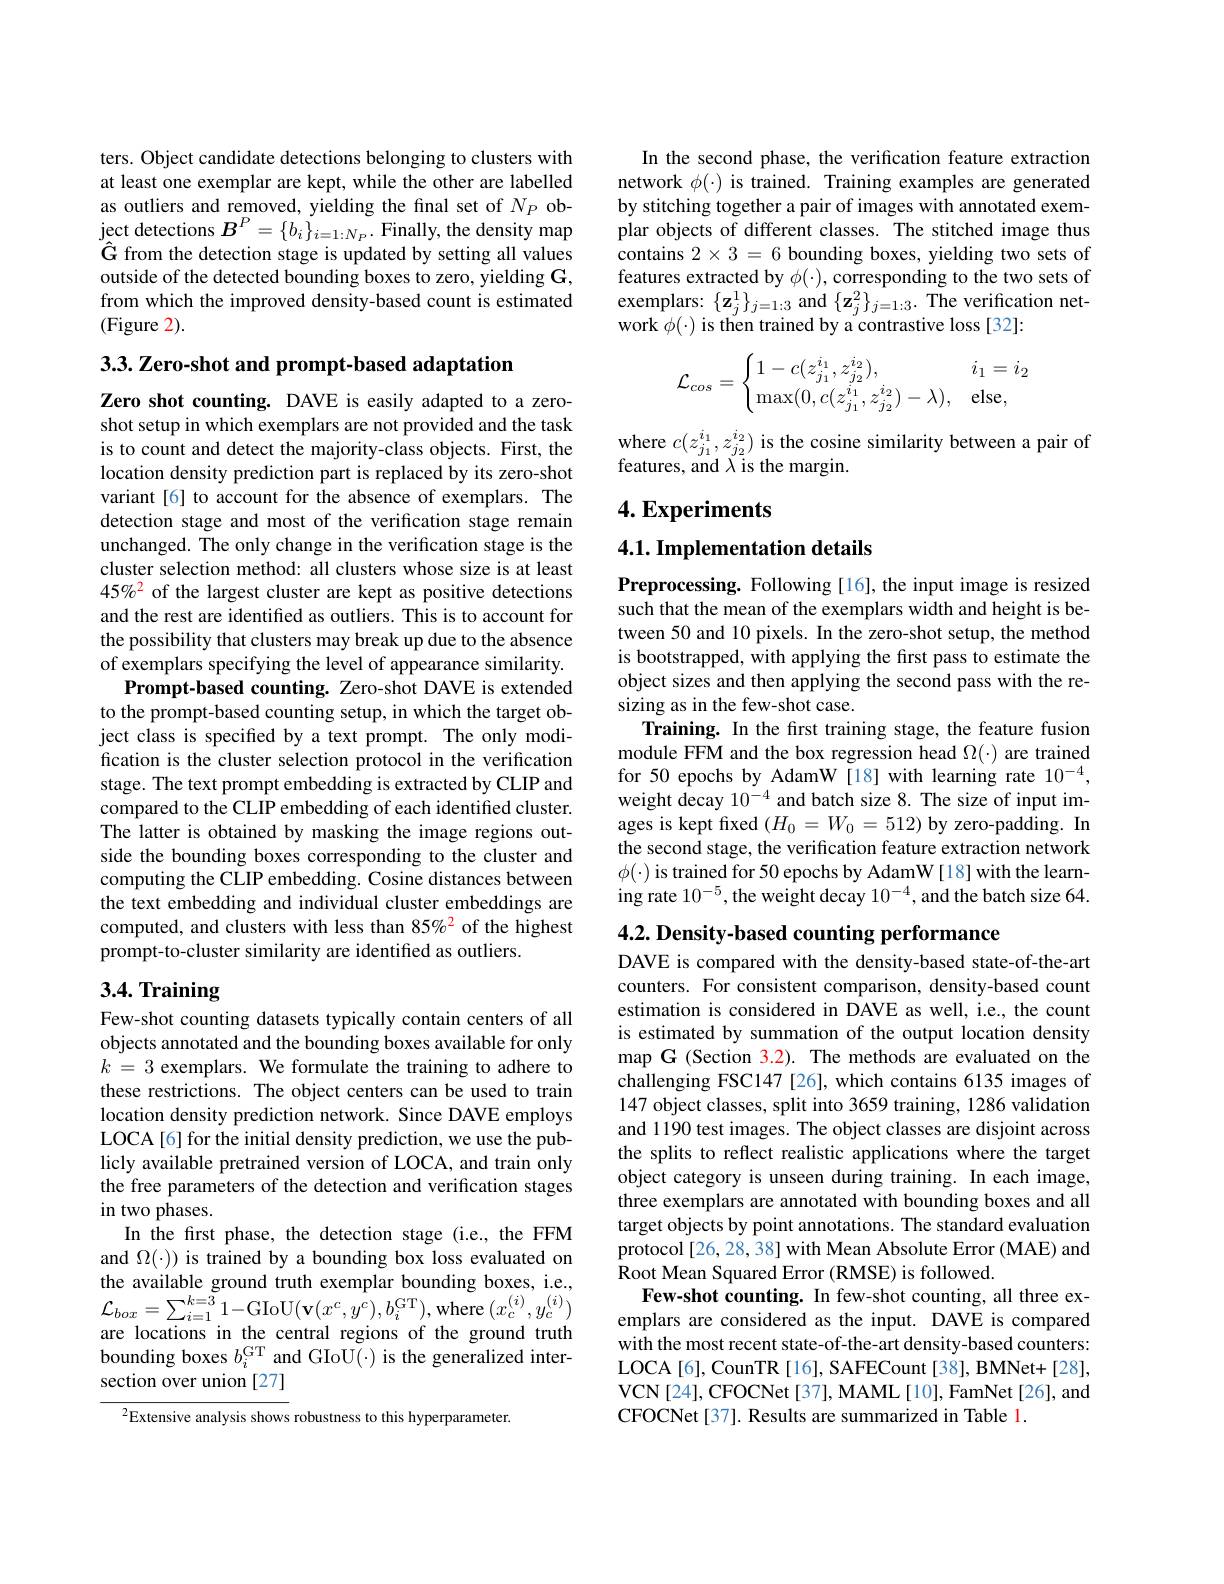
ters. Object candidate detections belonging to clusters with at least one exemplar are kept, while the other are labelled as outliers and removed, yielding the final set of $N_P$ object detections $\boldsymbol{B}^{P}= \{ b_{i}\} _{i= 1: N_{P}}.$Finally, the density map $\hat{\mathbf{G}}$ from the detection stage is updated by setting all values outside of the detected bounding boxes to zero, yielding G, from which the improved density-based count is estimated (Figure 2).

$3. 3. \textbf{Zero- shot and prompt- based adaptation}$

Zero shot counting. DAVE is easily adapted to a zeroshot setup in which exemplars are not provided and the task is to count and detect the majority-class objects. First, the location density prediction part is replaced by its zero-shot variant[6] to account for the absence of exemplars. The detection stage and most of the verification stage remain unchanged. The only change in the verification stage is the cluster selection method: all clusters whose size is at least 45%2 of the largest cluster are kept as positive detections and the rest are identified as outliers. This is to account for the possibility that clusters may break up due to the absence of exemplars specifying the level of appearance similarity.
Prompt-based counting. Zero-shot DAVE is extended to the prompt-based counting setup, in which the target object class is specified by a text prompt. The only modification is the cluster selection protocol in the verification stage. The text prompt embedding is extracted by CLIP and compared to the CLIP embedding of each identified cluster. The latter is obtained by masking the image regions outside the bounding boxes corresponding to the cluster and computing the CLIP embedding. Cosine distances between the text embedding and individual cluster embeddings are computed, and clusters with less than 85%2 of the highest prompt-to-cluster similarity are identified as outliers.

# 3.4. Training

Few-shot counting datasets typically contain centers of all objects annotated and the bounding boxes available for only $k=3$ exemplars. We formulate the training to adhere to these restrictions. The object centers can be used to train location density prediction network. Since DAVE employs LOCA[6] for the initial density prediction, we use the publicly available pretrained version of LOCA, and train only the free parameters of the detection and verification stages in two phases.
In the frst phase, the detection stage (i.e., the FFM and $\Omega(\cdot))$ is trained by a bounding box loss evaluated on the available ground truth exemplar bounding boxes, i. e. , $\mathcal{L} _{box}= \sum _{i= 1}^{k= 3}1-$GIoU$( \mathbf{v} ( x^{c}, y^{c}) , b_{i}^{\mathrm{GT}}) $,where $( x_{c}^{( i) }, y_{c}^{( i) })$ om lontions in thontrol ontrion of tho rend thond there $( x_{c}^{( i) }, y_{c}^{( i) })$ are locations in the central regions of the ground truth bounding boxes $b_i^\mathrm{GT}$ and GIoU(·) is the generalized intersection over union [27]

$^{2}$Extensive analysis shows robustness to this hyperparameter.

In the second phase, the verification feature extraction network $\phi(\cdot)$ is trained. Training examples are generated by stitching together a pair of images with annotated exemplar objects of different classes. The stitched image thus contains $2\times3=6$ bounding boxes, yielding two sets of features extracted by $\phi(\cdot)$, corresponding to the two sets of exemplars: $\{\mathbf{z}_j^1\}_{j=1:3}$ and $\{\mathbf{z}_j^2\}_{j=1:3}.$ The verification network $\phi(\cdot)$ is then trained by a contrastive loss [32]:
$$\mathcal{L}_{cos}=\begin{cases}1-c(z_{j_1}^{i_1},z_{j_2}^{i_2}),&i_1=i_2\\\max(0,c(z_{j_1}^{i_1},z_{j_2}^{i_2})-\lambda),&\text{else},\end{cases}$$
where $c(z_{j_1}^{i_1},z_{j_2}^{i_2})$ is the cosine similarity between a pair of
features, and $\lambda$ is the margin.

## $4. \textbf{Experiments}$

## 4.1. Implementation details

Preprocessing. Following[16],the input image is resized such that the mean of the exemplars width and height is between 50 and 10 pixels. In the zero-shot setup, the method is bootstrapped, with applying the first pass to estimate the object sizes and then applying the second pass with the resizing as in the few-shot case.
Training. In the first training stage, the feature fusion module FFM and the box regression head $\Omega(\cdot)$ are trained for 50 epochs by AdamW [18] with learning rate $10^{-4}$, weight decay $10^{-4}$ and batch size 8. The size of input images is kept fixed $(H_0=W_0=512)$ by zero-padding. In the second stage, the verification feature extraction network $\phi(\cdot)$ is trained for 50 epochs by AdamW[18] with the learning rate $10^-5$,the weight decay $10^-4$, and the batch size 64.

4.2. Density-based counting performance

DAVE is compared with the density-based state-of-the-art counters. For consistent comparison, density-based count estimation is considered in DAVE as well, i.e., the count is estimated by summation of the output location density map G (Section 3.2). The methods are evaluated on the challenging FSC147 [26], which contains 6135 images of 147 object classes, split into 3659 training, 1286 validation and 1190 test images. The object classes are disjoint across the splits to reflect realistic applications where the target object category is unseen during training. In each image, three exemplars are annotated with bounding boxes and all target objects by point annotations. The standard evaluation protocol [26,28,38] with Mean Absolute Error (MAE) and Root Mean Squared Error (RMSE) is followed.
Few-shot counting. In few-shot counting, all three exemplars are considered as the input. DAVE is compared with the most recent state-of-the-art density-based counters: LOCA[6], CounTR [16], SAFECount [38], BMNet+[28], VCN[24],CFOCNet[37],MAML[10],FamNet[26],and CFOCNet[37]. Results are summarized in Table 1